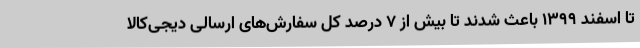
تا اسفند ۱۳۹۹ باعث شدند تا بیش از ۷ درصد کل سفارش‌های ارسالی دیجی‌کالا